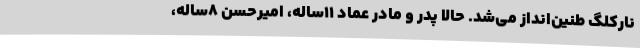
نارکلگ طنین‌انداز می‌شد. حالا پدر و مادر عماد 11ساله، امیرحسن 8ساله،